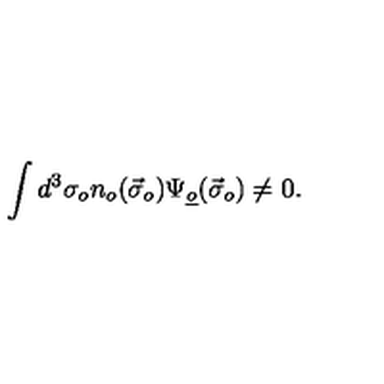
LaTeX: \int d ^ { 3 } \sigma _ { o } n _ { o } ( \vec { \sigma } _ { o } ) \Psi _ { \underline { { o } } } ( \vec { \sigma } _ { o } ) \neq 0 .